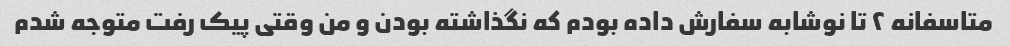
متاسفانه ۲ تا نوشابه سفارش داده بودم که نگذاشته بودن و من وقتی پیک رفت متوجه شدم